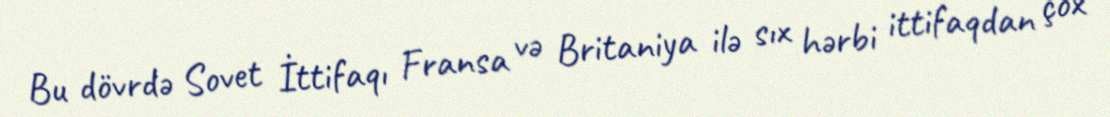
Bu dövrdə Sovet İttifaqı Fransa və Britaniya ilə sıx hərbi ittifaqdan çox